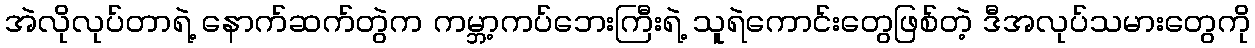
အဲလိုလုပ်တာရဲ့ နောက်ဆက်တွဲက ကမ္ဘာ့ကပ်ဘေးကြီးရဲ့ သူရဲကောင်းတွေဖြစ်တဲ့ ဒီအလုပ်သမားတွေကို